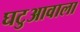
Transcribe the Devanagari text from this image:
घटुआवाला